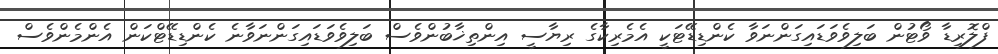
ފްލޮރިޑާ ވޯޓުން ބަލިވެވަޑައިގަންނަވާ ކެންޑިޑޭޓަކީ އެމެރިކާގެ ރިޔާސީ އިންތިޚާބުންވެސް ބަލިވެވަޑައިގަންނަވާނެ ކެންޑިޑޭޓްކަން އެންމެންވެސް